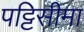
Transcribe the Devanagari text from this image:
पट्टिसीमा